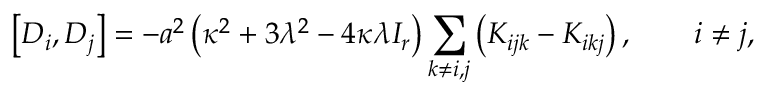
\left[ D _ { i } , D _ { j } \right] = - a ^ { 2 } \left( \kappa ^ { 2 } + 3 \lambda ^ { 2 } - 4 \kappa \lambda I _ { r } \right) \sum _ { k \ne i , j } \left( K _ { i j k } - K _ { i k j } \right) , \qquad i \ne j ,